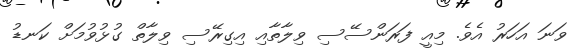
ވަނަ އަހަރު އެވެ. މިއީ ފަރަންސޭސި ވިލާތާއި އިގިރޭސި ވިލާތް ގުޅުވުމަށް ކަނޑު